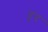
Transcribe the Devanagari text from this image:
हुंद